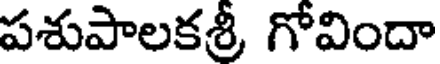
పశుపాలకశ్రీ గోవిందా